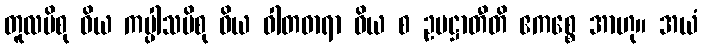
တူလပိစု ဝိယ ကပ္ပါသပိစု ဝိယ ဝါတဓာရာ ဝိယ စ ဥပဋ္ဌာတီတိ ဧကစ္စေ အာဟု။ အယံ